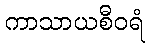
ကာသာယစီဝရံ